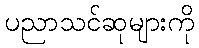
ပညာသင်ဆုများကို